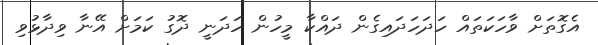
އެގޮތަށް ވާހަކަތައް ހަދަހަދައިގެން ދައްކާ މީހުން ހަދަނީ ދޮގު ކަމަށް އޭނާ ވިދާޅުވި